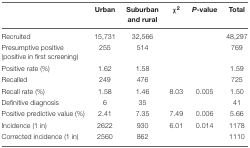
|  | Urban | Suburban and rural | χ2 | P-value | Total |
 | --- | --- | --- | --- | --- | --- |
 | Recruited | 15,731 | 32,566 |  |  | 48,297 |
 | Presumptive positive (positive in first screening) | 255 | 514 |  |  | 769 |
 | Positive rate (%) | 1.62 | 1.58 |  |  | 1.59 |
 | Recalled | 249 | 476 |  |  | 725 |
 | Recall rate (%) | 1.58 | 1.46 | 8.03 | 0.005 | 1.50 |
 | Definitive diagnosis | 6 | 35 |  |  | 41 |
 | Positive predictive value (%) | 2.41 | 7.35 | 7.49 | 0.006 | 5.66 |
 | Incidence (1 in) | 2622 | 930 | 6.01 | 0.014 | 1178 |
 | Corrected incidence (1 in) | 2560 | 862 |  |  | 1110 |